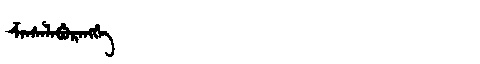
Manchu: ᡯᠠᠨᠰᡝᠯᠠᠪᡠᡵᠠᠩᡤᡝ
Romanization: DZANSELABURANGGE